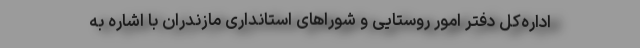
اداره‌کل دفتر امور روستایی و شوراهای استانداری مازندران با اشاره به